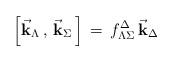
LaTeX: \begin{align*}\Bigr [ { \vec {\bf k}}_\Lambda \, , \, { \vec {\bf k}}_\Sigma \,\Bigr ] \, = \, f^\Delta_{\Lambda\Sigma} \, { \vec {\bf k}}_\Delta\end{align*}